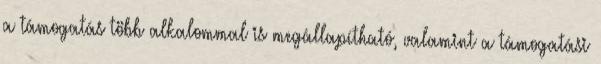
a támogatás több alkalommal is megállapítható, valamint a támogatási